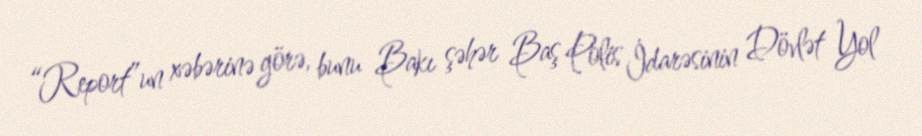
“Report”un xəbərinə görə, bunu Bakı şəhər Baş Polis İdarəsinin Dövlət Yol